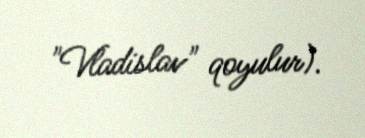
"Vladislav" qoyulur).